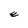
Character: e